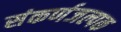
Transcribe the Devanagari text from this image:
संकर्णजल्पक